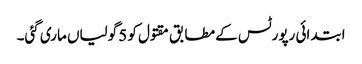
ابتدائی رپورٹس کے مطابق مقتول کو 5 گولیاں ماری گئی۔